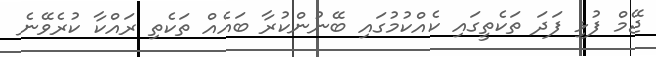
ޖޭމް ފުޅި ފަދަ ތަކެތީގައި ކެއްކުމުގައި ބޭނުންކުރާ ބައެއް ތަކެތި ރައްކާ ކުރެވޭނެ